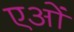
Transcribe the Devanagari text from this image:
एओं